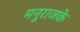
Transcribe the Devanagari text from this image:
मनुराजके